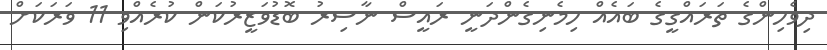
ދިވެހިންގެ ތަރައްގީގެ ބައެއް ހިމެނިގެންދަނީ ރައީސް ނާސިރު ބޮޑުވަޒީރުކަން ކުރެއްވި 11 ވަރަކަށް